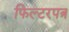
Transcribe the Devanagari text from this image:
फिल्टरपत्र